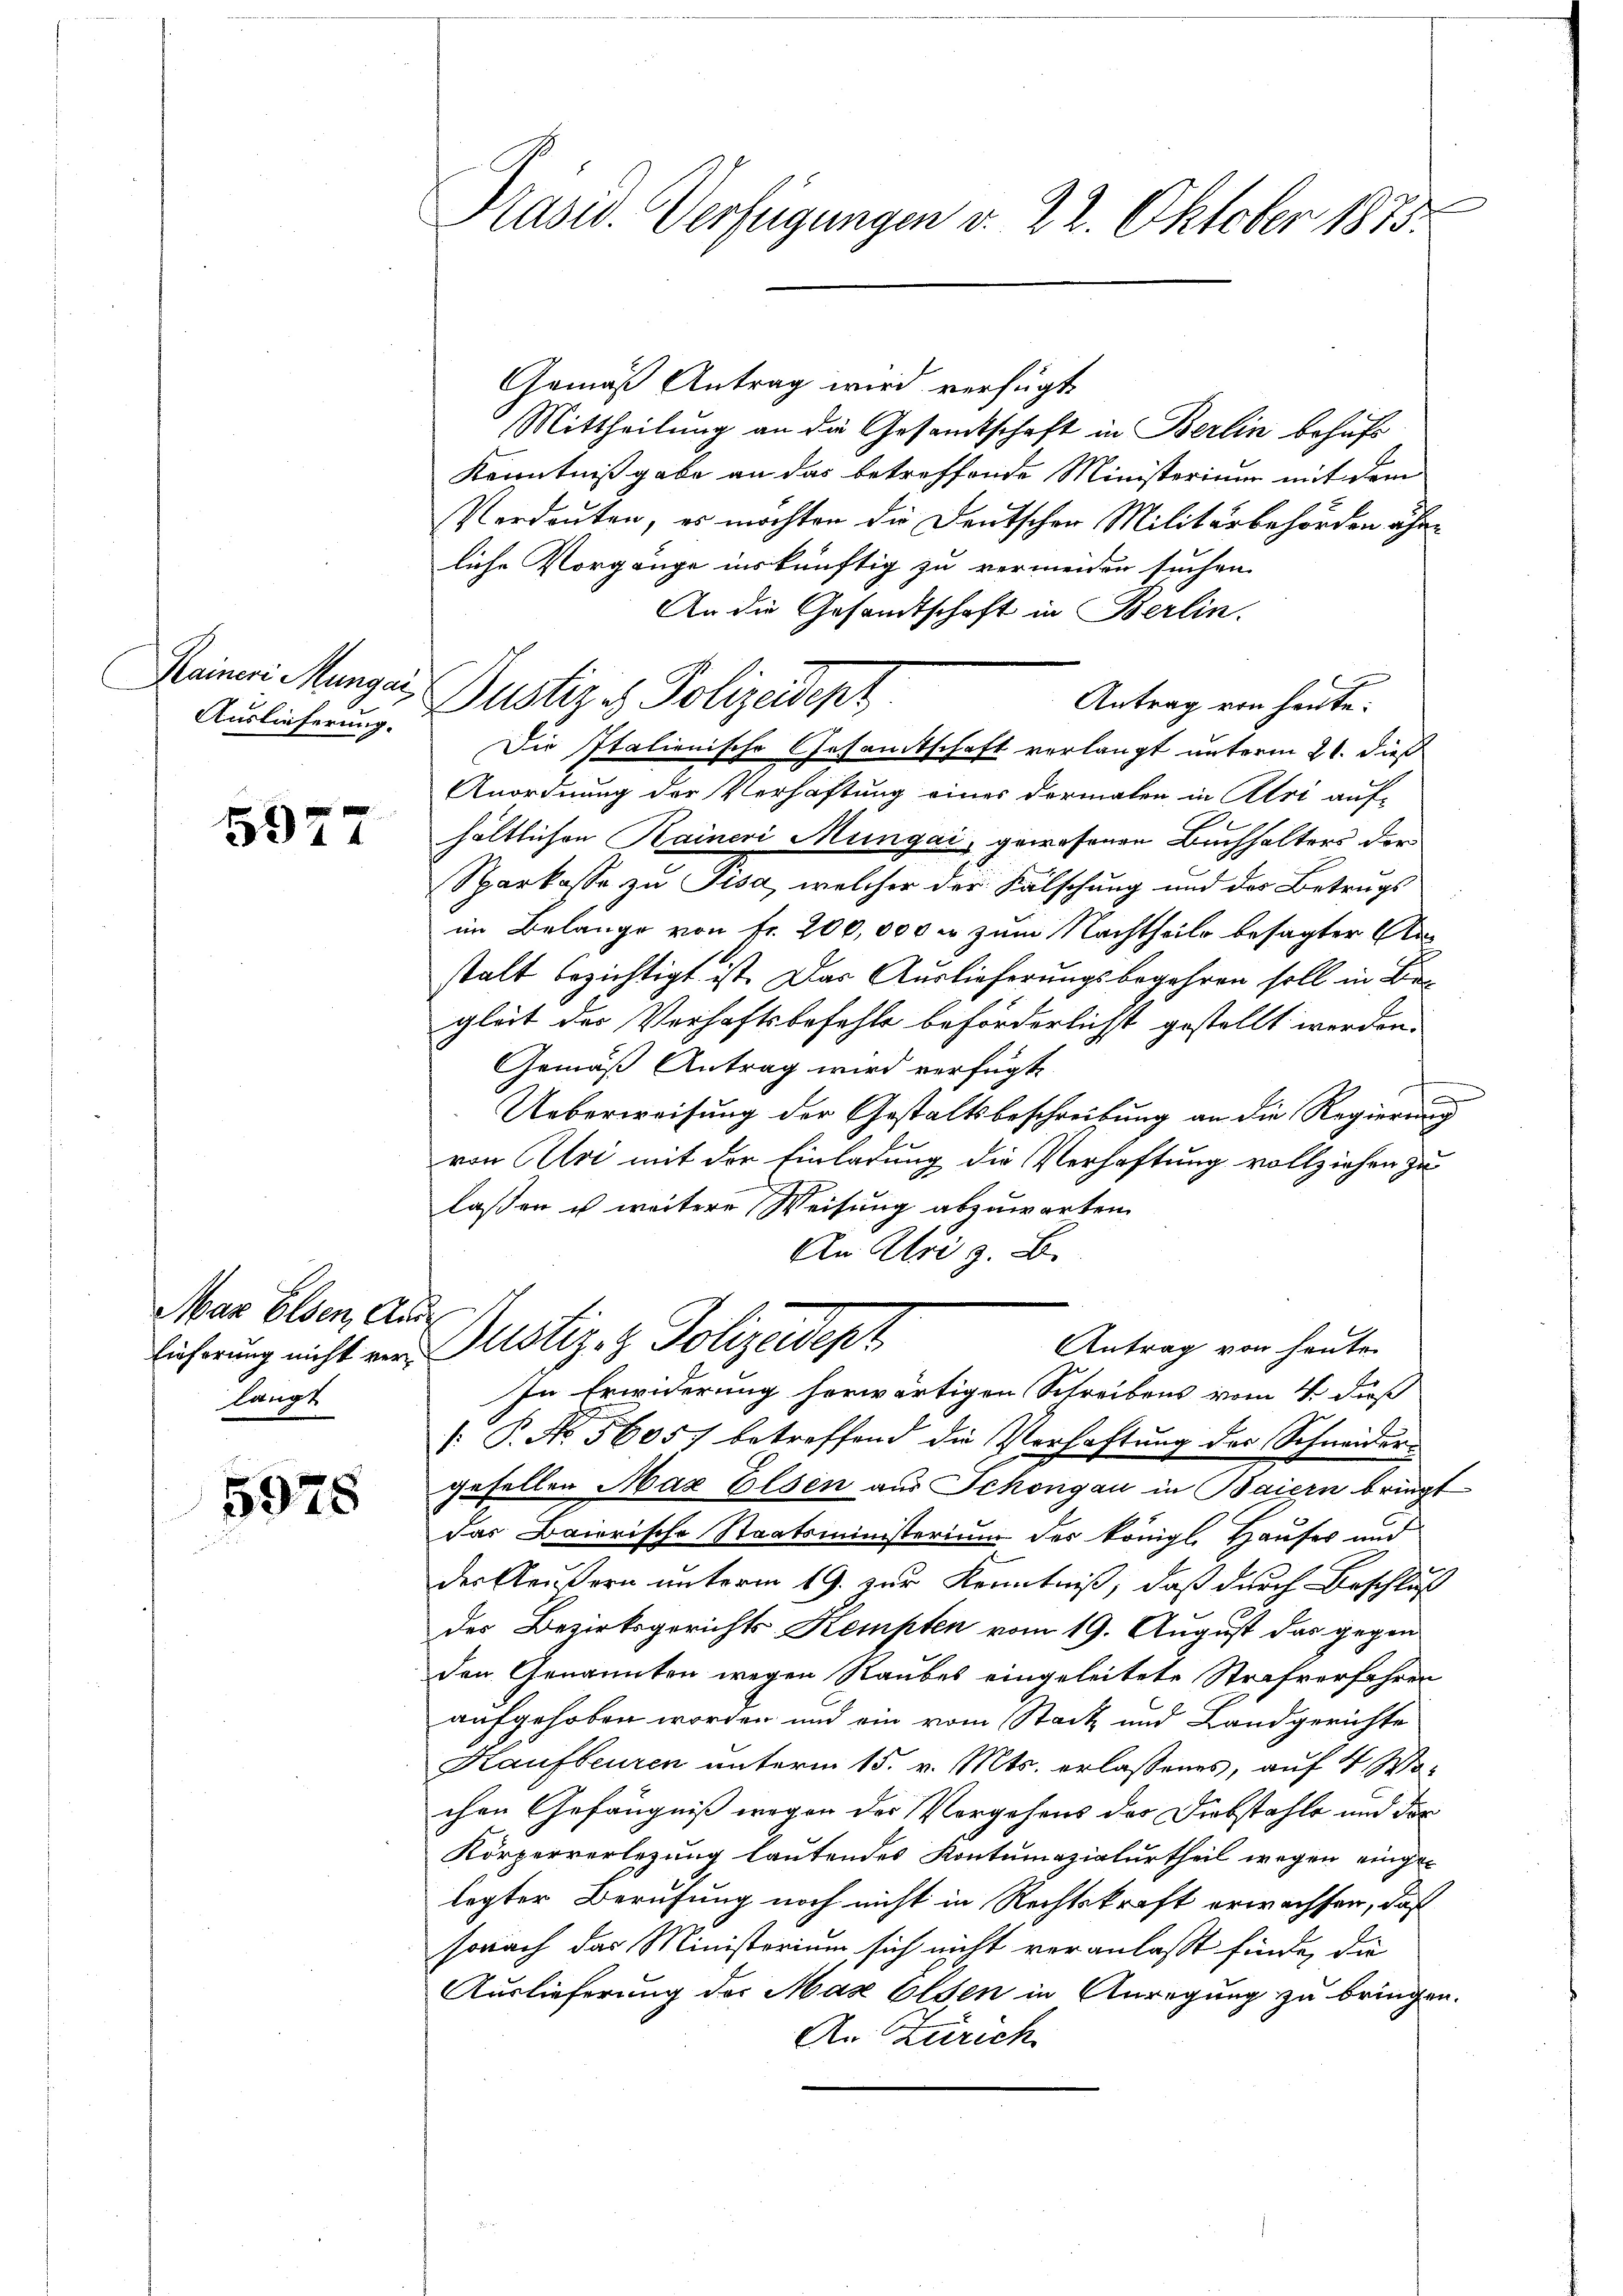
Rainer Mungai
Auslieferung.

59

Mar Elden, Ande
Lieferung nicht verlangt

5978

Präsid. Verfügungen v. 22. Oktober 1875.

Gemäß Antrag wird verfügt
Mittheilung an die Gesamtschaft in Berlin behufs
Kenntnißgabe an das betreffende Ministerium mit dem
Verdouten, es möchten die Deutschen Militärbehörden ohne
liche Vorgänge inskünftig zu vermeiden suchen.
An die Gesandtschaft in Berlin.
Justiz- & Polizeidept
Die Italienische Gesamtschaft verlangt unterm 21. dieß
Anordnung der Verhaftung eines dormalen in Aloi auf-
hältlichen Kainer Müngai, gewesenen Buchhalters der
Sparkasse zu Pisa, welcher der Fälschung und der Betrugs
im Belange von Fr. 200,000 er zum Nachtheile besagter Anstalt bezichtigt ist. Das Auslieferungsbegehren soll in Begleit des Verhaftsbefehls beförderlichst gestellt werden.
Gemäß Antrag wird verfügt
Ueberweisung der Gestaltsbeschreibung an die Regierung
von Ali mit der Einladung die Verhaftung vollziehen zu
lassen u weitere Weisung abzuwarten.
An Uri z. B.
Justiz- & Polizeidepz
Antrag von heute
In Erwiderung herwärtigen Schreibens vom 4. dieß
 P. No. 5605) betreffend die Verhaftung der Schneider-
gefellen Max Elsen aus Schongau in Baiern bringt
das Baierische Staatsministerium des königl. Hauses und
der Aeußern unterm 19. zur Kenntniß, daß durch Beschluß
des Bezirksgerichts Kempten vom 19. August das gegen
den Genannten wegen Raubes eingeleitete Strafverfahren
aufgehoben worden und ein vom Stack und Landgerichte
Kaufbeuren unterm 15. v. Mts. erlassenes, auf 4 Wochen Gefängniß wegen des Vorgehens des Diebstahle und die
Körperverlegung lautendes Kontumazialurtheil wegen eingelegter Berufung noch nicht in Rechtskraft erwachsen, daß
sonach das Ministorium sich nicht veranlaßt finde, die
Auslieferung des Max Elsen in Anregung zu bringen.
An Zürich

Antrag von heute: